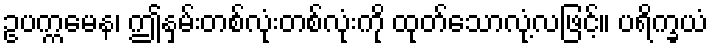
ဥပက္ကမေန၊ ဤနှမ်းတစ်လုံးတစ်လုံးကို ထုတ်သောလုံ့လဖြင့်။ ပရိက္ခယံ